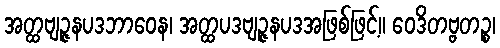
အတ္ထဗျဉ္ဇနပဒဘာဝေန၊ အတ္ထပဒဗျဉ္ဇနပဒအဖြစ်ဖြင့်။ ဝေဒိတဗ္ဗတဉ္စ၊